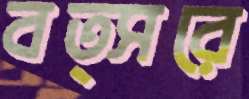
বত্সরে